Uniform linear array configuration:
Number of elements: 16
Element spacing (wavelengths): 0.25
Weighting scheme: kaiser
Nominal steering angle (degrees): -60
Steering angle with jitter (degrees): -60.607
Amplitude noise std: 0.05
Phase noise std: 0.05

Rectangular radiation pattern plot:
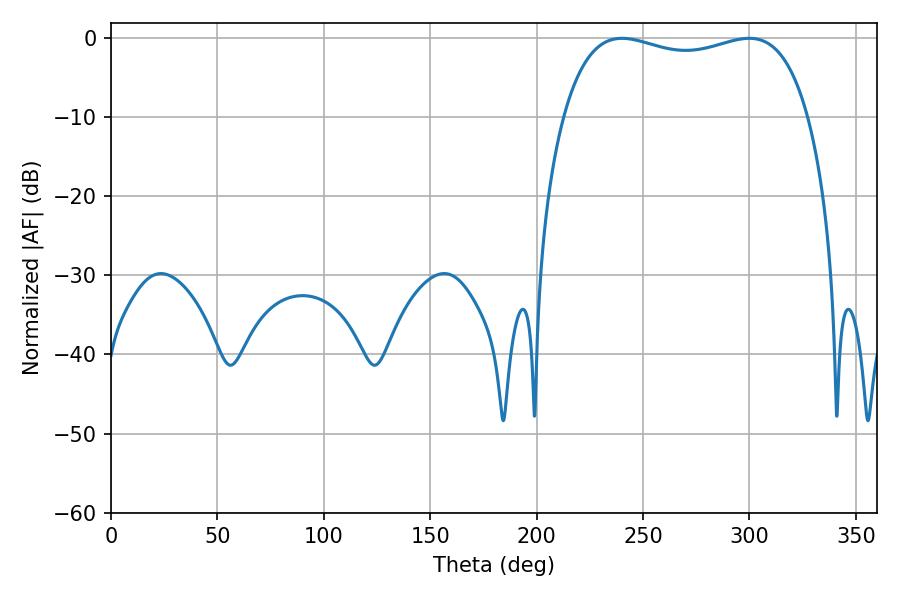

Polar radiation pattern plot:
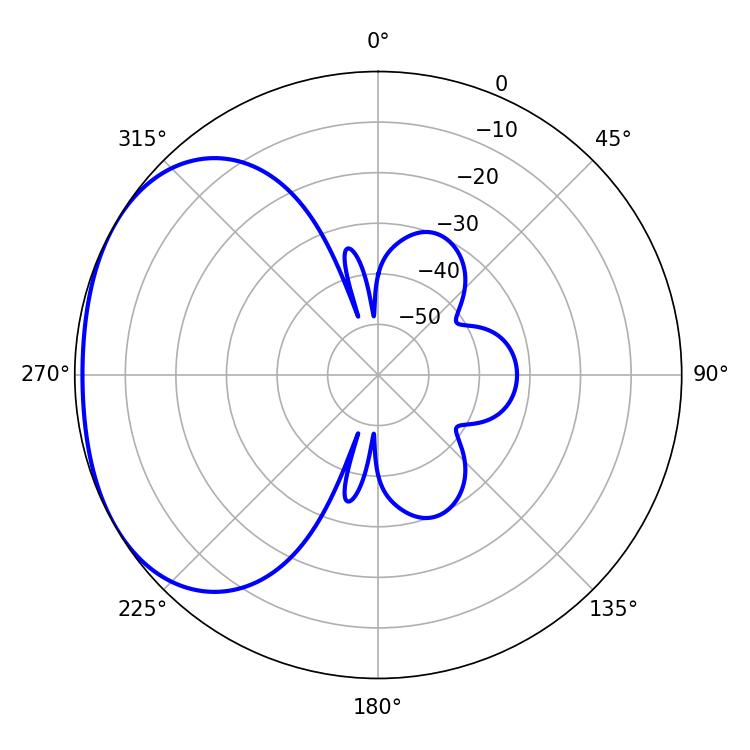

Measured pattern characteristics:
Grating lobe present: FALSE
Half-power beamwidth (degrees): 93.96
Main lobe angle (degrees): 299.88